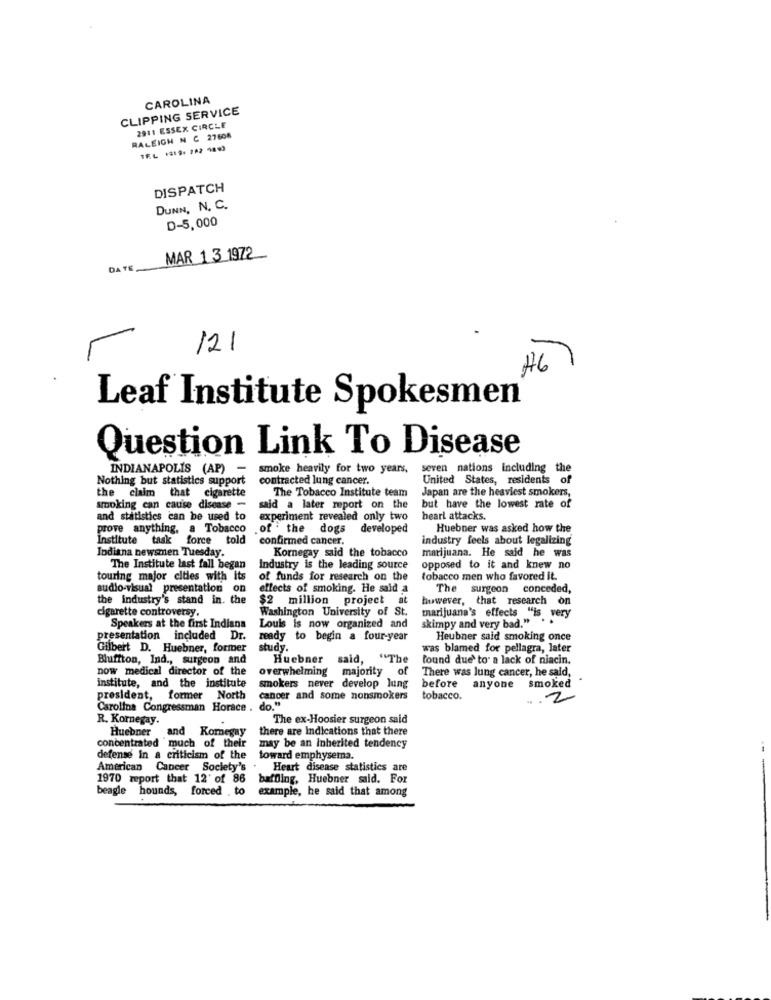
CAROLINA
CLIPPING SERVICE
2911 ESSEX CIRCLE
RALEIGH N C 27608
TEL 1819. 782 483
DISPATCH
DUNN, N. C.
D-5,000
MAR 1 3 1972
DA TE
121
46
Leaf Institute Spokesmen
Question Link To Disease
INDIANAPOLIS (AP) -
smoke heavily for two years,
seven nations including the
Nothing but statistics support
contracted lung cancer.
United States, residents of
the claim that cigarette
The Tobacco Institute team
Japan are the heaviest smokers,
smoking can cause disease -
said a later report on the
but have the lowest rate of
and statistics can be used to
experiment revealed only two
heart attacks.
prove anything, a Tobacco
.of the dogs
developed
Huebner was asked how the
Institute task force told
confirmed cancer.
industry feels about legalizing
Indiana newsmen Tuesday.
Kornegay said the tobacco
marijuana. He said he was
The Institute last fall began
Industry is the leading source
opposed to it and knew no
touring major cities with its
of funds for research on the
tobacco men who favored it.
audio-visual presentation on
effects of smoking. He said a
The surgeon conceded,
the industry's stand in. the
$2 million project at
however, that research on
Washington University of St.
cigarette controversy.
marijuana's effects "is very
skimpy and very bad." . .
Speakers at the first Indiana
Louis is now organized and
presentation included Dr.
ready to begin a four-year
Heubner said smoking once
Gilbert D. Huebner, former
study.
was blamed for pellagra, later
Bluffton, Ind ., surgeon and
Huebner said, "The
found due to a lack of niacin.
now medical director of the
overwhelming majority
of
There was lung cancer, he said,
institute, and the institute
smokers never develop lung
before anyone smoked
president, former North
cancer and some nonsmokers
tobacco.
.. .
2
Carolina Congressman Horace . do."
R. Kornegay.
The ex-Hoosier surgeon said
Huebner and Kornegay
there are Indications that there
concentrated much of their
may be an Inherited tendency
defense in a criticism of the
toward emphysema.
American Cancer Society's
Heart disease statistics are
1970 report that 12' of 86 baffling, Huebner said. For
beagle hounds, forced . to
example, he said that among